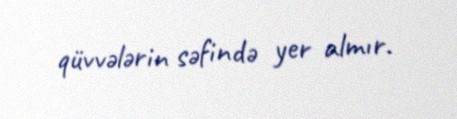
qüvvələrin səfində yer almır.